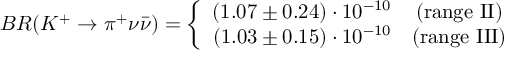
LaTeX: B R ( K ^ { + } \to \pi ^ { + } \nu \bar { \nu } ) = \left\{ \begin{array} { r c } { { ( 1 . 0 7 \pm 0 . 2 4 ) \cdot 1 0 ^ { - 1 0 } } } & { { ( \mathrm { r a n g e ~ I I } ) } } \\ { { ( 1 . 0 3 \pm 0 . 1 5 ) \cdot 1 0 ^ { - 1 0 } } } & { { ( \mathrm { r a n g e ~ I I I } ) } } \end{array} \right.